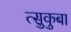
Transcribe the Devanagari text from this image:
त्सुकुबा